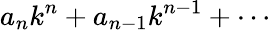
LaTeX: a_{n}k^{n}+a_{n-1}k^{n-1}+\cdots